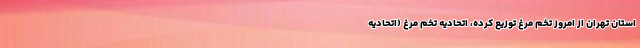
استان تهران از امروز تخم مرغ توزیع کرده، اتحادیه تخم مرغ (اتحادیه